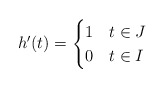
\begin{align*}h'(t) =\begin{cases}1 & t \in J \\0 & t \in I \\\end{cases}\end{align*}